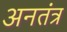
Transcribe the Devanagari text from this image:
अनतंत्र